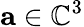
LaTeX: \mathbf a\in\mathbb C^{3}